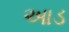
આડ